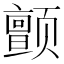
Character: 颤